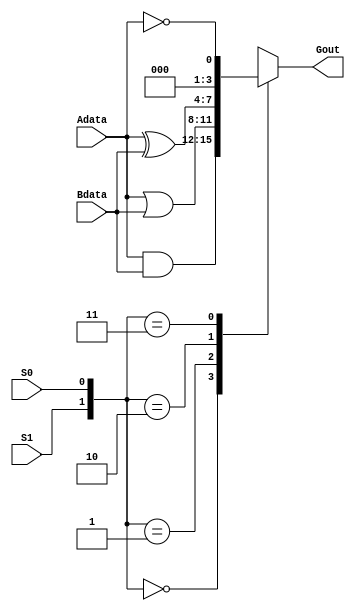
module LogicCircuit(Adata, Bdata, S1, S0, Gout);
input [3:0] Adata, Bdata;
input S1, S0;

output [3:0] Gout;	
reg [3:0] Gout;

  always @(*) 
  begin 
    case ({S1, S0}) 
    // implement your code here (AND operation)
    2'b00 : Gout <= Adata & Bdata;
    // implement your code here (OR operation)
    2'b01 : Gout <= Adata | Bdata; 
    // implement your code here (XOR operation)
    2'b10 : Gout <= Adata ^ Bdata;
    // implement your code here (NOT operation)
    2'b11 : Gout <= !Adata;
  endcase
  end

endmodule